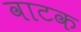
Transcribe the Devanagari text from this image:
वाटक